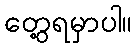
တွေ့ရမှာပါ။